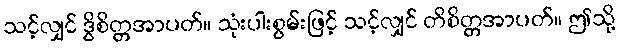
သင့်လျှင် ဒွိစိတ္တအာပတ်။ သုံးပါးစွမ်းဖြင့် သင့်လျှင် တိစိတ္တအာပတ်။ ဤသို့